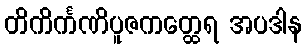
တိကိင်္ကဏိပူဇကတ္ထေရ အပဒါန